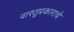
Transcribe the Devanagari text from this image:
वास्तूप्रकाराचे